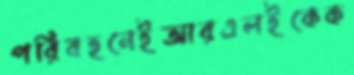
পরিবহনেইআরএলইকেক